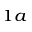
^ { 1 a }